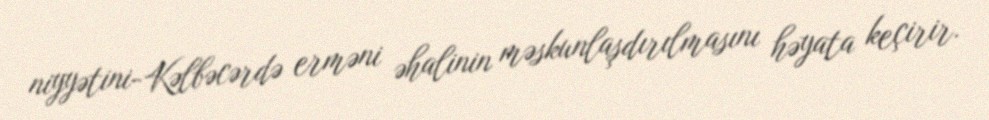
niyyətini-Kəlbəcərdə erməni əhalinin məskunlaşdırılmasını həyata keçirir.